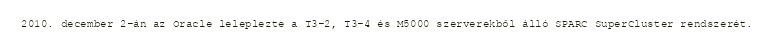
2010. december 2-án az Oracle leleplezte a T3-2, T3-4 és M5000 szerverekből álló SPARC SuperCluster rendszerét.